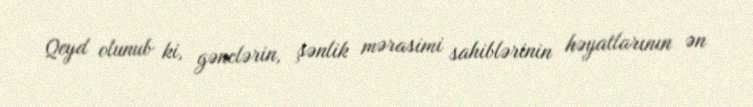
Qeyd olunub ki, gənclərin, şənlik mərasimi sahiblərinin həyatlarının ən